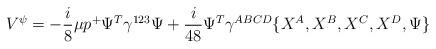
LaTeX: \begin{align*}V^\psi = -{i \over 8} \mu p^+ \Psi^T \gamma^{123} \Psi + {i \over 48} \Psi^T\gamma^{ABCD} \{X^A, X^B, X^C, X^D, \Psi \}\end{align*}